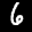
Label: 6